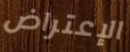
الإعتراض